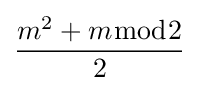
{\frac {m^{2}+m{\bmod {2}}}{2}}